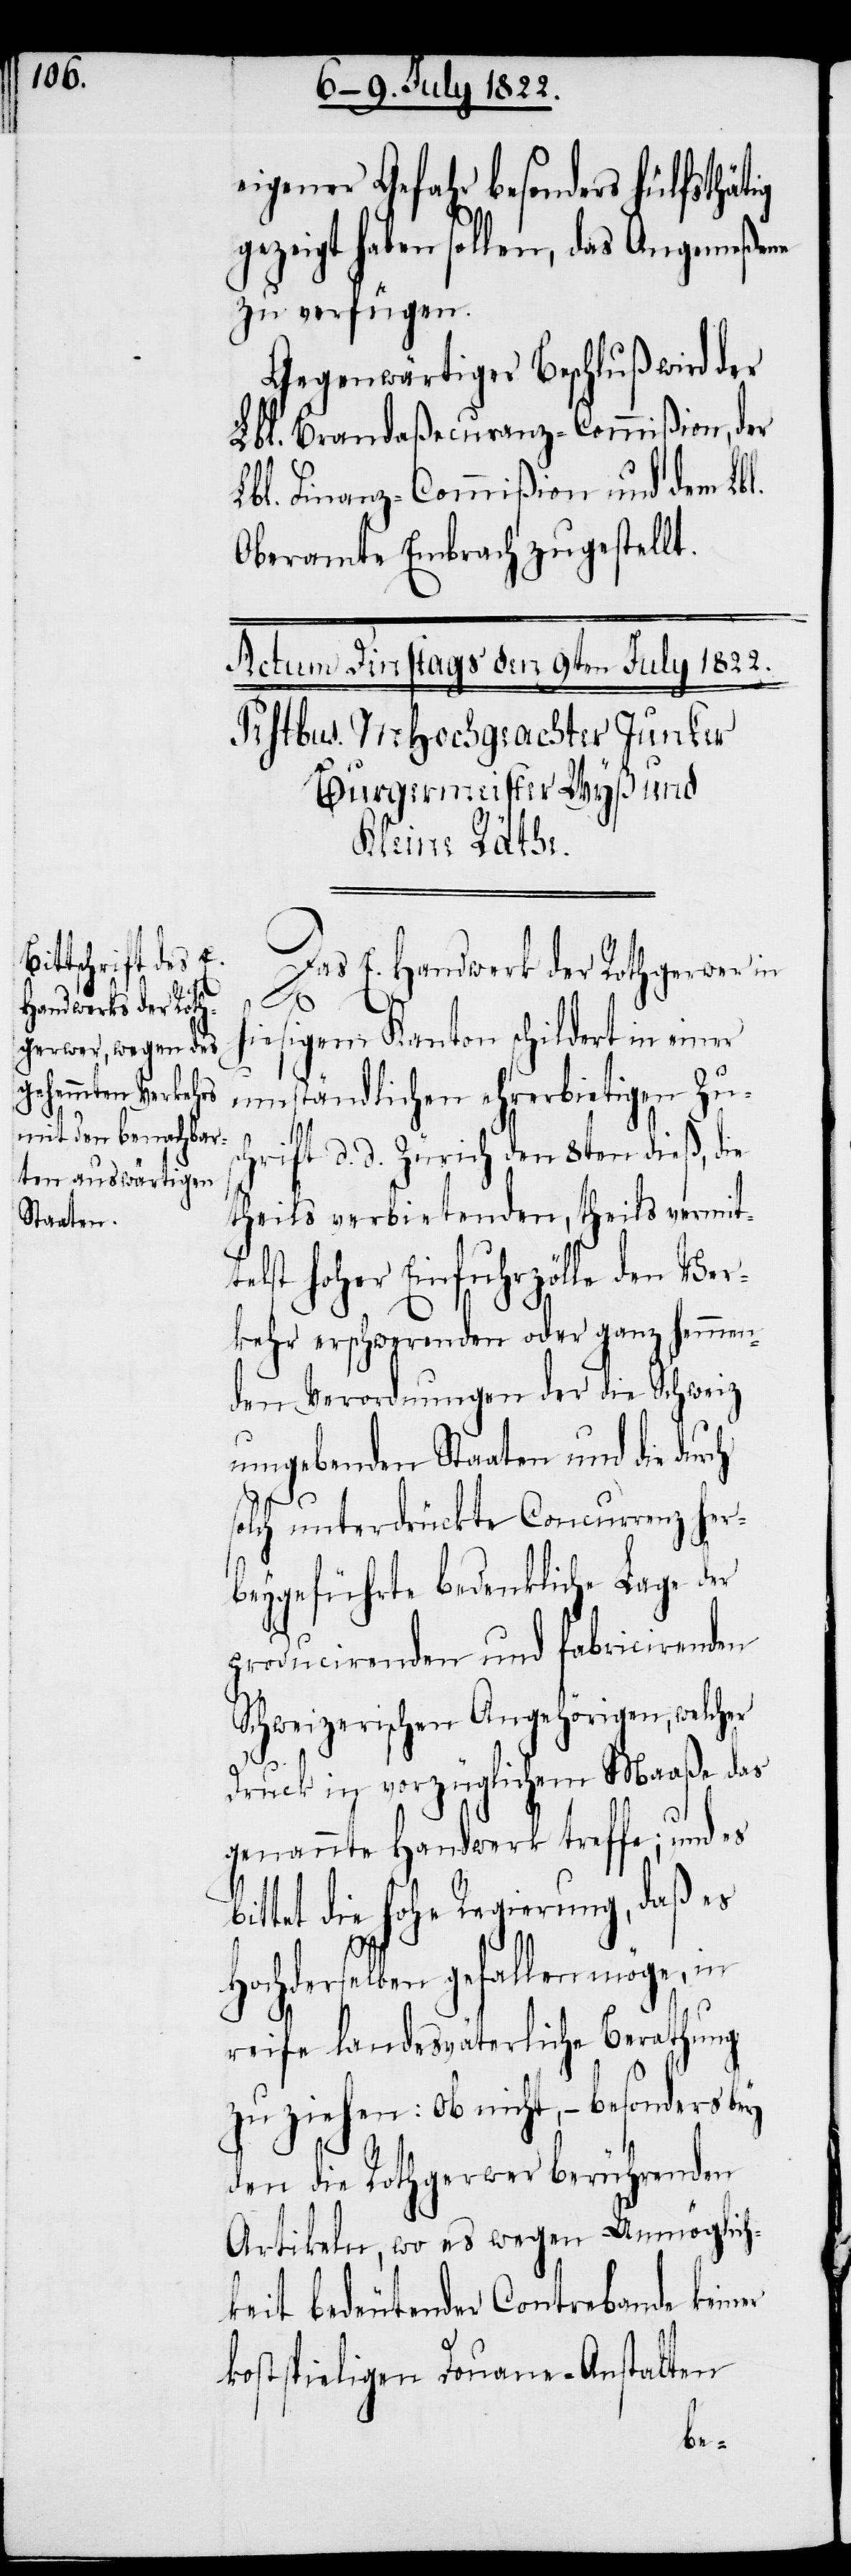
eigener Gefahr besonders hülfsthätig
gezeigt haben sollen, das Angemeßene
zu verfügen.
Gegenwärtiger Beschluß wird der
Lbl. Brandaßecuranz-Commißion, der
Lbl. Finanz-Commißion und dem Lbl.
Oberamte Embrach zugestellt.
Das E. Handwerk der Rathgerwer in
hiesigem Kanton schildert in einer
umständlichen ehrerbietigen Zus¬
chrift d. d. Zürich den 8ten dieß, die
theils verbietenden, theils vermit¬
telst hoher Einfuhrzölle den Ver¬
kehr erschwerenden oder ganz hemmen¬
den Verordnungen der die Schweiz
umgebenden Staaten und die dur¬
solch unterdrückte Concurrenz her¬
beygeführte bedenkliche Lage der
producirenden und fabricirenden
Schweizerischen Angehörigen, welcher
Druck in vorzüglichem Maaße das
genannte Handwerk treffe; und es
ittet die hohe Regierung, daß es
ch
Hochderselben gefallen möge, in
reife landesväterliche Berathung
zu ziehen: ob nicht, – besonders bey
den Rathgerwer berührenden
Artikeln, wo es wegen Unmöglich¬
keit bedeutender Contrabande keiner
kostspieligen Douane-Anstalten
b¬